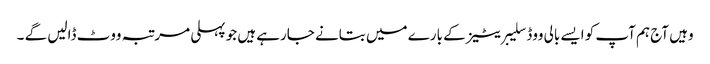
وہیں آج ہم آپ کو ایسے بالی ووڈ سلیبریٹیز کے بارے میں بتانے جارہے ہیں جو پہلی مرتبہ ووٹ ڈالیں گے ۔